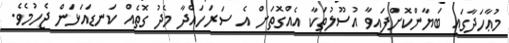
މުޢާހަދާގައި ބަޔާންކޮށްފައިވާ އުސޫލުތަކާ އެއްގޮތަށް އެ ސަރަހައްދާ މެދު ގޮތެއް ކަނޑައަޅަން ޖެހުމެވެ.